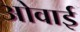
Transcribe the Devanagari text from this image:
ओवाई